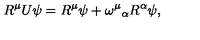
R ^ { \mu } U \psi = R ^ { \mu } \psi + \omega ^ { \mu } { } _ { \alpha } R ^ { \alpha } \psi ,